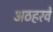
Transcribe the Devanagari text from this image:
अठहरवें